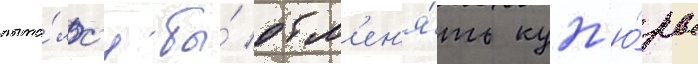
пыта́лс'я бы́ обм'ен'я́ть куп'ю́ры